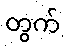
တွက်